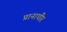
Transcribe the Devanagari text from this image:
प्रानापीर